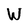
Character: W